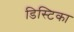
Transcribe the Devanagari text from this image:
डिस्टिका